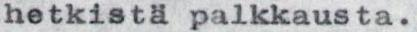
hetkistä palkkausta.